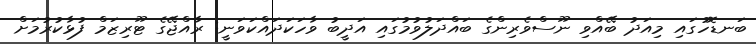
ބަނޑޮހުގައި މިއަދު ބޭއްވި ނޫސްވެރިންގެ ބައްދަލުވުމުގައި އަދީބު ވާހަކަދައްކަވަނީ: ރާއްޖޭގެ ޓޫރިޒަމް ފުޅާކުރުމަށް